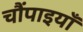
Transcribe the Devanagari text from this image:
चौंपाइयाँ